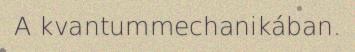
A kvantummechanikában.